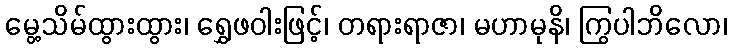
မွေ့သိမ်ထွားထွား၊ ရွှေဖဝါးဖြင့်၊ တရားရာဇာ၊ မဟာမုနိ၊ ကြွပါဘိလော၊